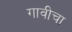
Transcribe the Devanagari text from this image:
गावीचा